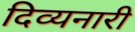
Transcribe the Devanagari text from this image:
दिव्यनारी